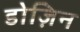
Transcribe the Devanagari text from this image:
डोज़िन